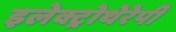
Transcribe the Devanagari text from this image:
इलेक्ट्रोथेरेपी